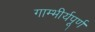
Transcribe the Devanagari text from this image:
गाम्भीर्यपूर्ण